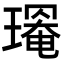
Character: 𤩃